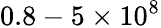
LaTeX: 0.8-5\times 10^{8}